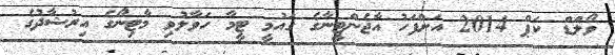
ވޯލްޑް ކަޕް 2014 އަށްފަހު އާޖެންޓީނާގެ ގައުމީ ޓީމާ ހަވާލުވި މާޓިނޯގެ އިރުޝާދުގެ